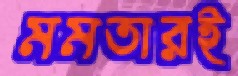
মমতারই